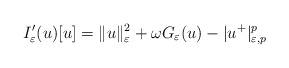
\begin{align*}I_{\varepsilon}'(u)[u]=\|u\|_{\varepsilon}^{2}+\omega G_{\varepsilon}(u)-|u^{+}|_{\varepsilon,p}^{p}\end{align*}